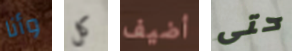
وأنا كل أضيف حتى